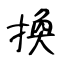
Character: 換